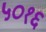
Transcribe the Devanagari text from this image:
५०१६